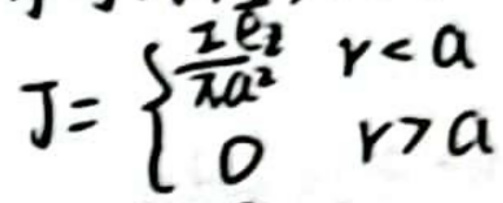
\[
J =
\begin{cases}
\frac{I e_{z}}{\pi a^{2}} & r < a \\
0 & r > a
\end{cases}
\]